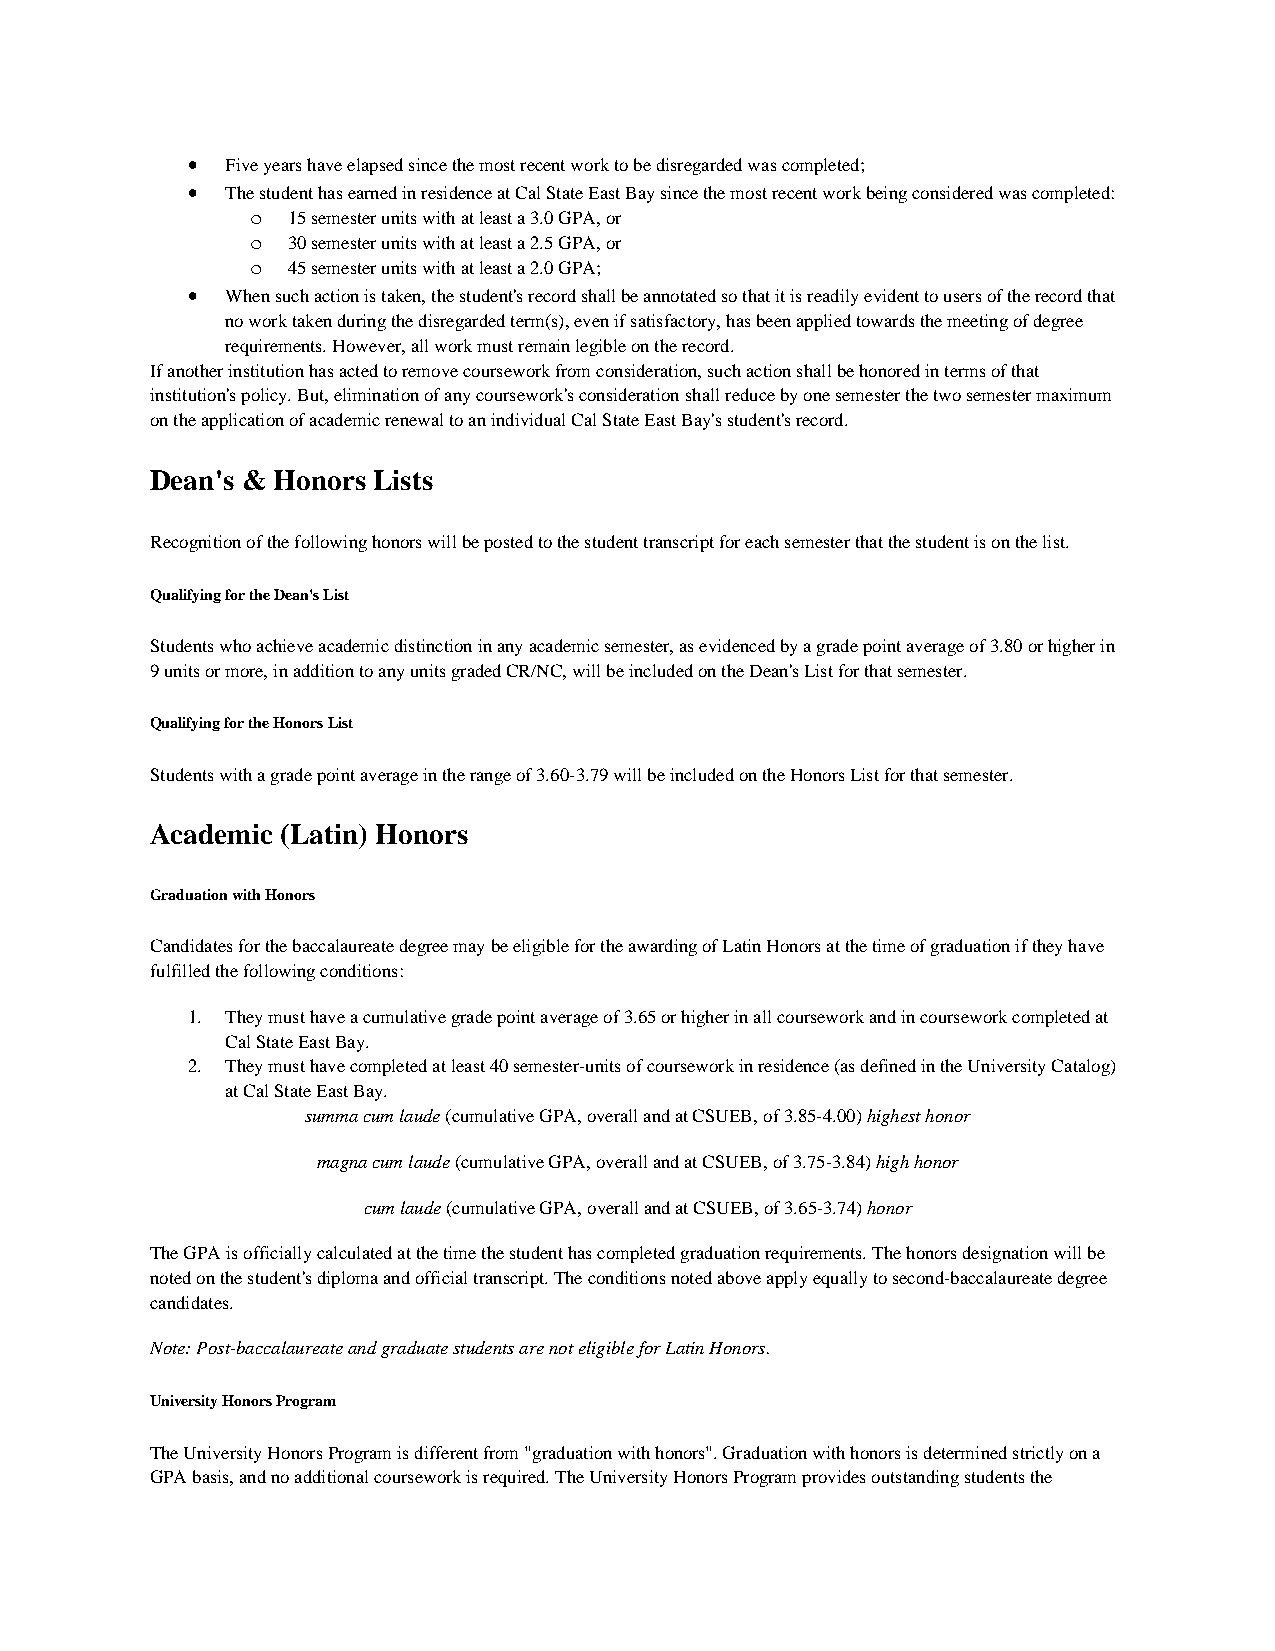
•  Five years have elapsed since the most recent work to be disregarded was completed;
 •  The student has earned in residence at Cal State East Bay since the most recent work being considered was completed:
 o 15 semester units with at least a 3.0 GPA, or
 o 30 semester units with at least a 2.5 GPA, or
 o 45 semester units with at least a 2.0 GPA;
 •  When such action is taken, the student's record shall be annotated so that it is readily evident to users of the record that
 no work taken during the disregarded term(s), even if satisfactory, has been applied towards the meeting of degree
 requirements. However, all work must remain legible on the record.
 If another institution has acted to remove coursework from consideration, such action shall be honored in terms of that
 institution's policy. But, elimination of any coursework's consideration shall reduce by one semester the two semester maximum
 on the application of academic renewal to an individual Cal State East Bay's student's record.
 Dean's & Honors Lists
 Recognition of the following honors will be posted to the student transcript for each semester that the student is on the list.
 Qualifying for the Dean's List
 Students who achieve academic distinction in any academic semester, as evidenced by a grade point average of 3.80 or higher in
 9 units or more, in addition to any units graded CR/NC, will be included on the Dean's List for that semester.
 Qualifying for the Honors List
 Students with a grade point average in the range of 3.60-3.79 will be included on the Honors List for that semester.
 Academic (Latin) Honors
 Graduation with Honors
 Candidates for the baccalaureate degree may be eligible for the awarding of Latin Honors at the time of graduation if they have
 fulfilled the following conditions:
 1. They must have a cumulative grade point average of 3.65 or higher in all coursework and in coursework completed at
 Cal State East Bay.
 2. They must have completed at least 40 semester-units of coursework in residence (as defined in the University Catalog)
 at Cal State East Bay.
 summa cum laude (cumulative GPA, overall and at CSUEB, of 3.85-4.00) highest honor
 magna cum laude (cumulative GPA, overall and at CSUEB, of 3.75-3.84) high honor
 cum laude (cumulative GPA, overall and at CSUEB, of 3.65-3.74) honor
 The GPA is officially calculated at the time the student has completed graduation requirements. The honors designation will be
 noted on the student's diploma and official transcript. The conditions noted above apply equally to second-baccalaureate degree
 candidates.
 Note: Post-baccalaureate and graduate students are not eligible for Latin Honors.
 University Honors Program
 The University Honors Program is different from "graduation with honors". Graduation with honors is determined strictly on a
 GPA basis, and no additional coursework is required. The University Honors Program provides outstanding students the